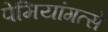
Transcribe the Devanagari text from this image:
पेमियांगत्से